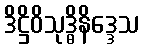
ဒိဋ္ဌိဝိသုဒ္ဓိနိဒ္ဒေသ